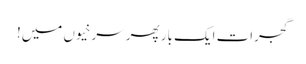
گجرات ایک بار پھر سرخیوں میں!